65_HS1-834228961_62-HQ-83894_Section_2
Agency: FBI
Page 111
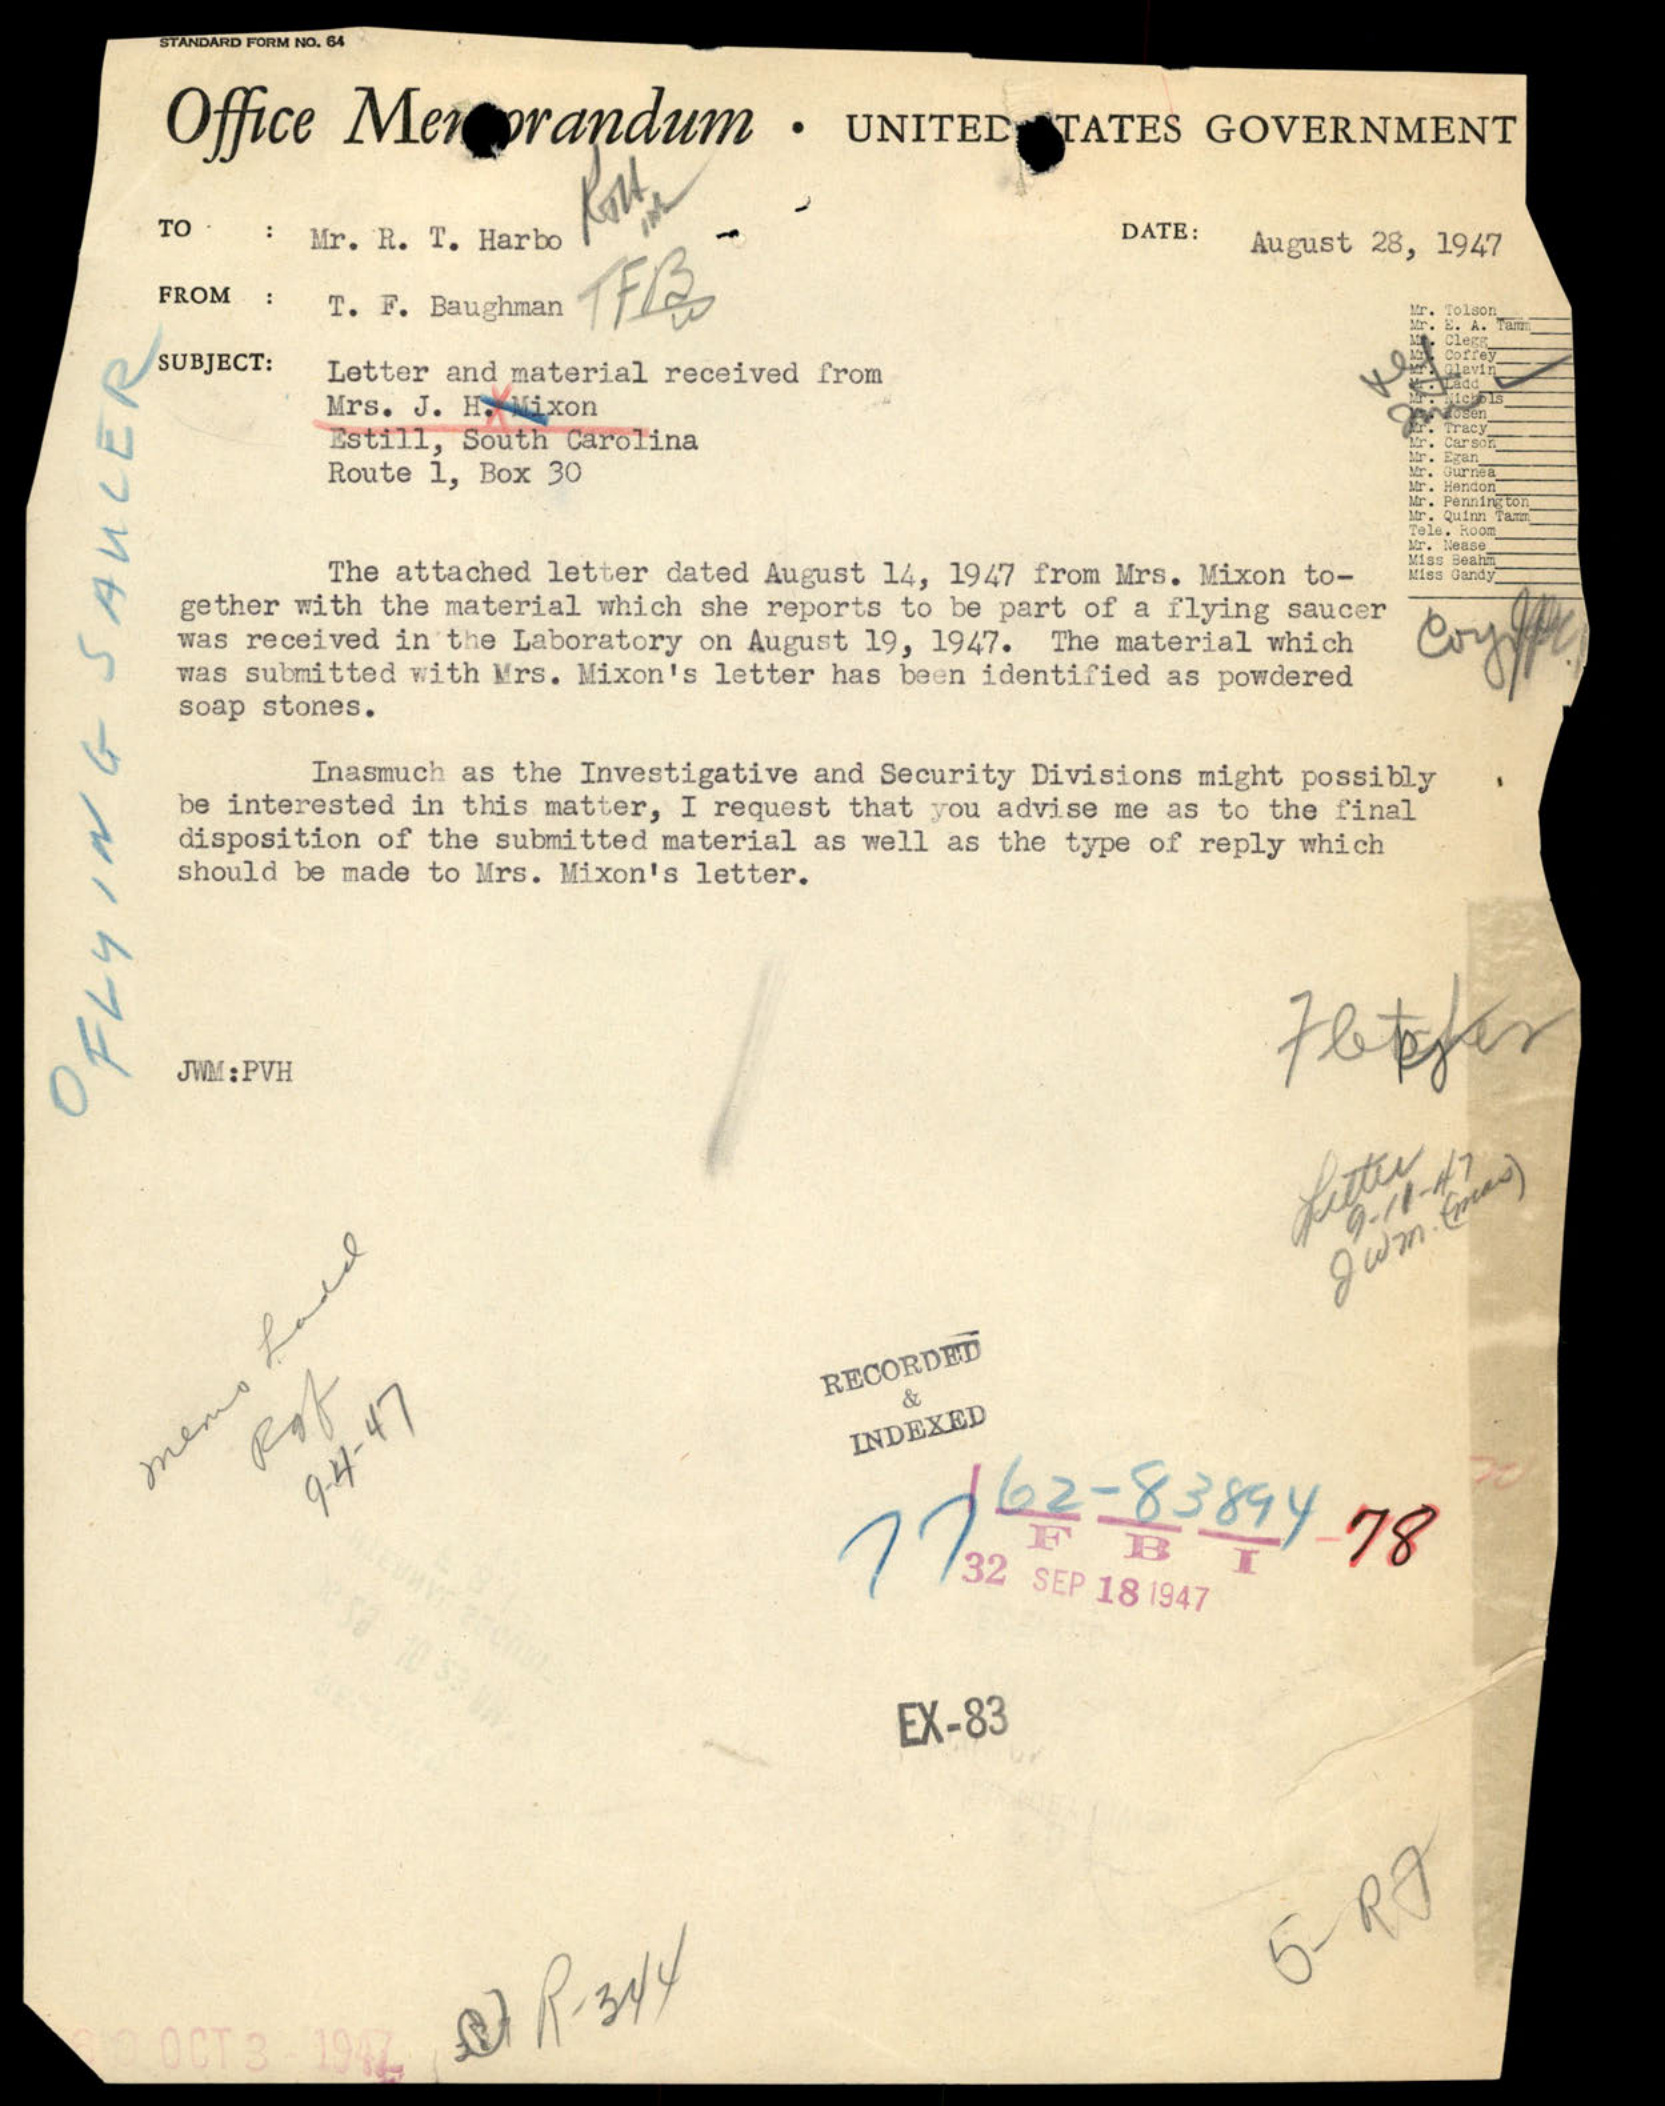